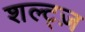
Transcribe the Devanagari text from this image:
शल्ट्ज़